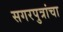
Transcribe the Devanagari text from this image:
सगरपुत्रांचा